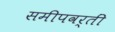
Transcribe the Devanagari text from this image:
समीपवर्तीं